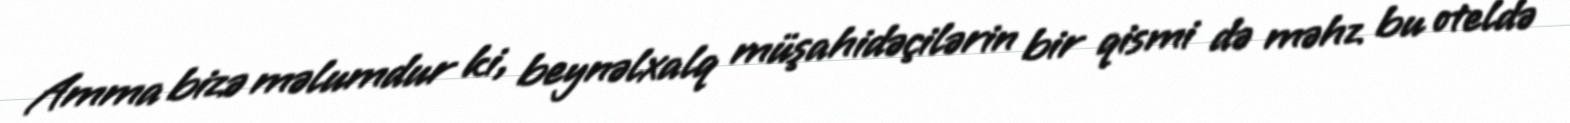
Amma bizə məlumdur ki, beynəlxalq müşahidəçilərin bir qismi də məhz bu oteldə